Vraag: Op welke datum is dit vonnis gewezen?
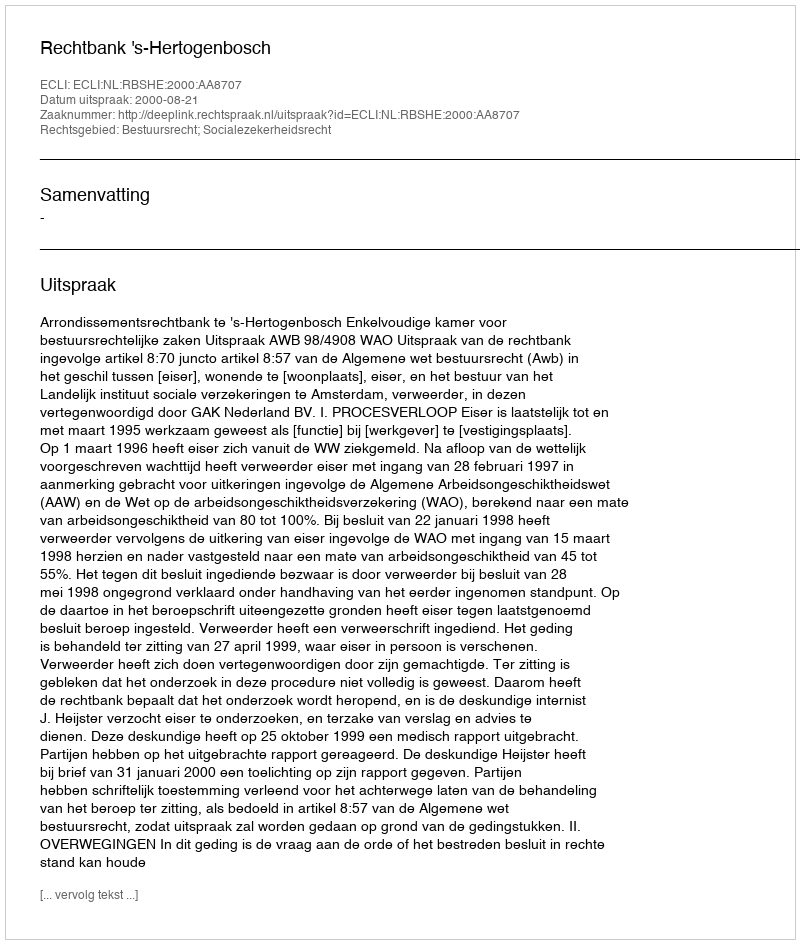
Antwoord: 2000-08-21